Report on horse surra - Volume II, Part I
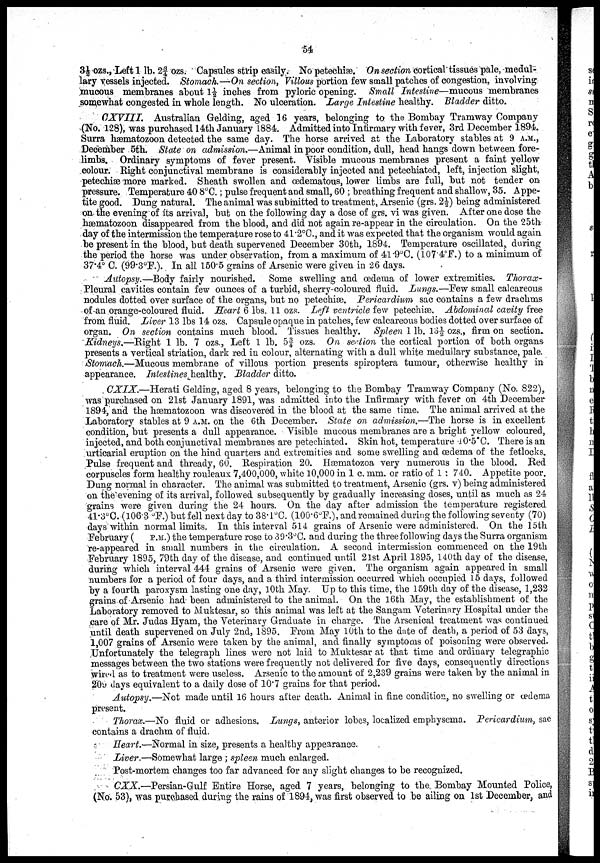
54
3½ ozs., Left 1 lb. 2¾ ozs. Capsules strip easily. No petechiæ. On section cortical tissues pale, medul-
lary vessels injected. Stomach.—On section, Villous portion few small patches of congestion, involving
mucous membranes about 1½ inches from pyloric opening. Small Intestine—mucous membranes
somewhat congested in whole length. No ulceration. Large Intestine healthy. Bladder ditto.
CXVIII.
Australian Gelding, aged 16 years, belonging to the Bombay Tramway Company
(No. 128), was purchased 14th January 1884. Admitted into Infirmary with fever, 3rd December 1894.
Surra hæmatozoon detected the same day. The horse arrived at the Laboratory stables at 9 A.M.,
December 5th. State on admission.—Animal in poor condition, dull, head hangs down between fore-
limbs. Ordinary symptoms of fever present. Visible mucous membranes present a faint yellow
colour. Right conjunctival membrane is considerably injected and petechiated, left, injection slight,
petechiæ more marked. Sheath swollen and œdematous, lower limbs are full, but not tender on
pressure. Temperature 40.8°C. ; pulse frequent and small, 60 ; breathing frequent and shallow, 35. Appe-
tite good. Dung natural. The animal was submitted to treatment, Arsenic (grs. 2½) being administered
on-the evening of its arrival, but on the following day a dose of grs. vi was given. After one dose the
hæmatozoon disappeared from the blood, and did not again re-appear in the circulation. On the 25th
day of the intermission the temperature rose to 41.2°C., and it was expected that the organism would again
be present in the blood, but death supervened December 30th, 1894. Temperature oscillated, during
the period the horse was under observation, from a maximum of 41.9°C. (107.4°F.) to a minimum of
37.4° C. (99.3°F.). In all 150.5 grains of Arsenic were given in 26 days.
Autopsy.—Body fairly nourished. Some swelling and œdema of lower extremities. Thorax-
Pleural cavities contain few ounces of a turbid, sherry-coloured fluid. Lungs.—Few small calcareous
nodules dotted over surface of the organs, but no petechiæ. Pericardium sac contains a few drachms
of an orange-coloured fluid. Heart 6 lbs. 11 ozs. Left ventricle few petechiæ. Abdominal cavity free
from fluid. Liver 13 lbs 14 ozs. Capsule opaque in patches, few calcareous bodies dotted over surface of
organ. On section contains much blood. Tissues healthy. Spleen 1 lb. 13½ ozs., firm on section.
Kidneys.—Right 1 lb. 7 ozs., Left 1 lb. 5¾ ozs. On section the cortical portion of both organs
presents a vertical striation, dark red in colour, alternating with a dull white medullary substance, pale.
Stomach.—Mucous membrane of villous portion presents spiroptera tumour, otherwise healthy in
appearance. Intestines healthy. Bladder ditto.
CXIX.—Herati Gelding, aged 8 years, belonging to the Bombay Tramway Company (No. 822),
was purchased on 21st January 1891, was admitted into the Infirmary with fever on 4th December
1894, and the hæmatozoon was discovered in the blood at the same time. The animal arrived at the
Laboratory stables at 9 A.M. on the 6th December. State on admission.—The horse is in excellent
condition, but presents a dull appearance. Visible mucous membranes are a bright yellow coloured,
injected, and both conjunctival membranes are petechiated. Skin hot, temperature 40.5°C. There is an
urticarial eruption on the hind quarters and extremities and some swelling and œdema of the fetlocks.
Pulse frequent and thready, 60. Respiration 20. Hæmatozoa very numerous in the blood. Red
corpuscles form healthy rouleaux. 7,400,000, white 10,000 in 1 c. mm. or ratio of 1 : 740. Appetite poor.
Dung normal in character. The animal was submitted to treatment, Arsenic (grs. v) being administered
on the evening of its arrival, followed subsequently by gradually increasing doses, until as much as 24
grains were given during the 24 hours. On the day after admission the temperature registered
41.3°C. (106.3 °F.) but fell next day to 38.1°C. (100.6°F), and remained during the following seventy (70)
days within normal limits. In this interval 514 grains of Arsenic were administered. On the 15th
February (P.M.) the temperature rose to 39.3°C. and during the three following days the Surra organism
re-appeared in small numbers in the circulation. A second intermission commenced on the 19th
February 1895, 79th day of the disease, and continued until 21st April 1895, 140th day of the disease,
during which interval 444 grains of Arsenic were given. The organism again appeared in small
numbers for a period of four days, and a third intermission occurred which occupied 15 days, followed
by a fourth paroxysm lasting one day, 10th May. Up to this time, the 159th day of the disease, 1,232
grains of Arsenic had been administered to the animal. On the 16th May, the establishment of the
Laboratory removed to Muktesar, so this animal was left at the Sangam Veterinary Hospital under the
care of Mr. Judas Hyam, the Veterinary Graduate in charge. The Arsenical treatment was continued
until death supervened on July 2nd, 1895. From May 10th to the date of death, a period of 53 days,
1,007 grains of Arsenic were taken by the animal, and finally symptoms of poisoning were observed.
Unfortunately the telegraph lines were not laid to Muktesar at that time and ordinary telegraphic
messages between the two stations were frequently not delivered for five days, consequently directions
wired as to treatment were useless. Arsenic to the amount of 2,239 grains were taken by the animal in
209 days equivalent to a daily dose of 10.7 grains for that period.
Autopsy.—Not made until 16 hours after death. Animal in fine condition, no swelling or œdema
present.
Thorax.—No fluid or adhesions. Lungs, anterior lobes, localized emphysema. Pericardium, sac
contains a drachm of fluid.
Heart.—Normal in size, presents a healthy appearance.
Liver.—Somewhat large; spleen much enlarged.
Post-mortem changes too far advanced for any slight changes to be recognized.
CXX.—Persian-Gulf Entire Horse, aged 7 years, belonging to the. Bombay Mounted Police,
(No. 53), was purchased during the rains of 1894, was first observed to be ailing on 1st December, and